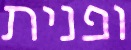
ופנית